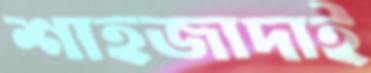
শাহজাদাই